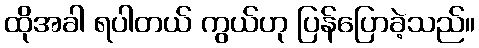
ထိုအခါ ရပါတယ် ကွယ်ဟု ပြန်ပြောခဲ့သည်။